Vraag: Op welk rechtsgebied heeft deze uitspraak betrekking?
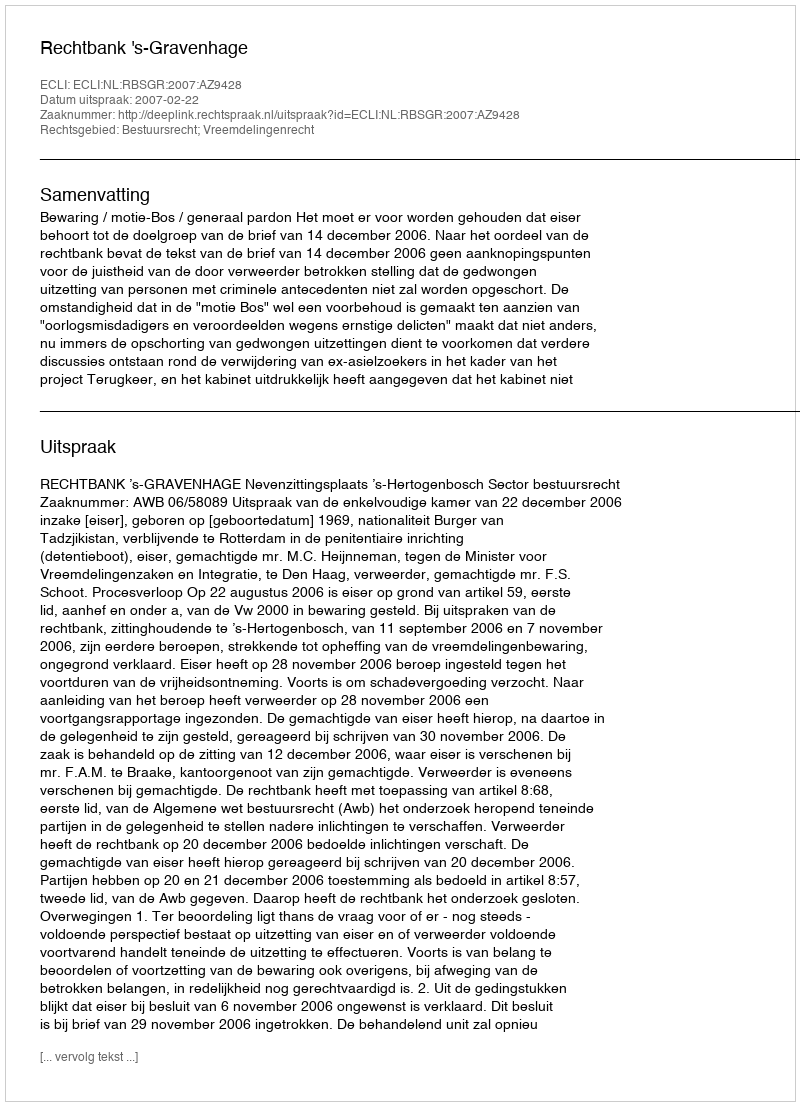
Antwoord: Bestuursrecht; Vreemdelingenrecht